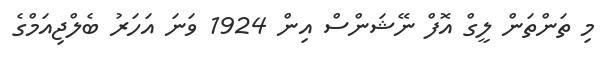
މި ތަންތަން ލީގް އޮފް ނޭޝަންސް އިން 1924 ވަނަ އަހަރު ބެލްޖިއަމްގެ